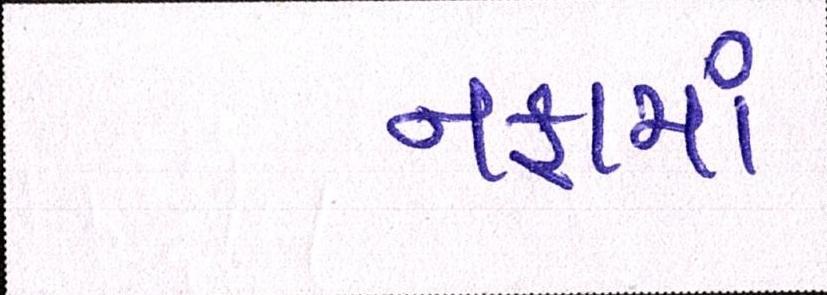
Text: નફામાં